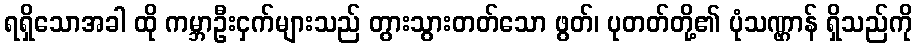
ရရှိသောအခါ ထို ကမ္ဘာဦးငှက်များသည် တွားသွားတတ်သော ဖွတ်၊ ပုတတ်တို့၏ ပုံသဏ္ဌာန် ရှိသည်ကို